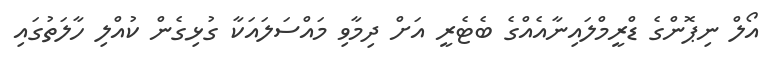
އޯލް ނިޕޮންގެ ޑްރީމްލައިނާއެއްގެ ބެޓެރީ އަށް ދިމާވި މައްސަލައަކާ ގުޅިގެން ކުއްލި ހާލަތުގައި